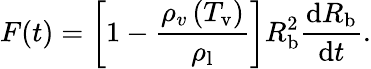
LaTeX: F(t)=\left[1-\frac{\rho_{v}\left(T_{\mathrm{v}}\right)}{\rho_{\mathrm{l}}}\right]R_{\mathrm{b}}^{2}\frac{\mathrm dR_{\mathrm{b}}}{\mathrm dt}.